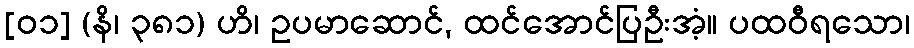
[၀၁] (နိ၊ ၃၈၁) ဟိ၊ ဥပမာဆောင်, ထင်အောင်ပြဦးအံ့။ ပထဝီရသော၊